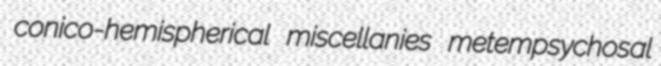
conico-hemispherical miscellanies metempsychosal